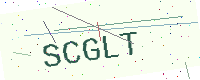
Text: SCGLT